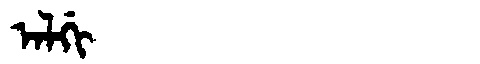
Manchu: ᠠᠯᡤᡳ
Romanization: ALGI